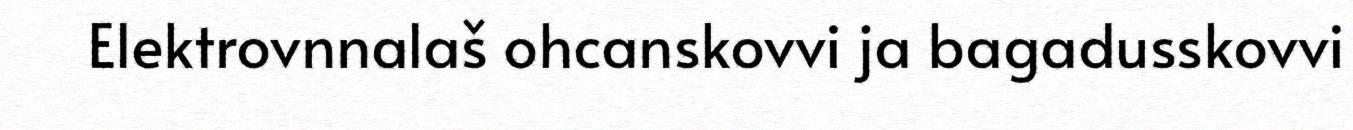
Elektrovnnalaš ohcanskovvi ja bagadusskovvi